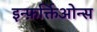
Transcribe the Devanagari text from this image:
इन्फ़र्क्तिओन्स